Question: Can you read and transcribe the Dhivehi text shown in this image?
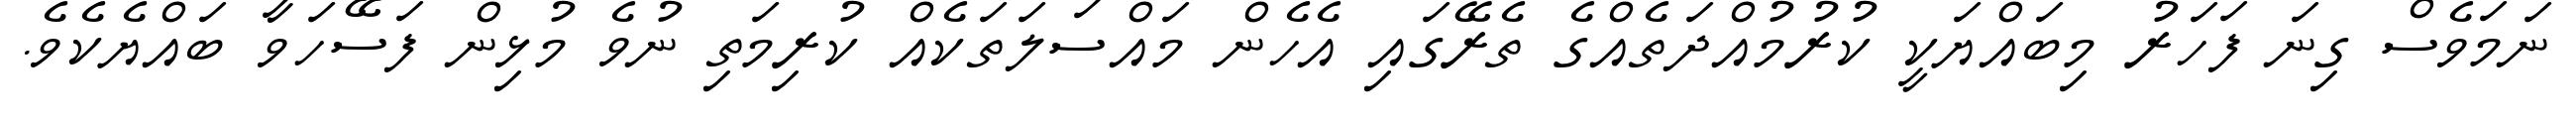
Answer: ނަމަވެސް ގިނަ ފަހަރު މިބައްޔަކީ ކުރުމުއްދަތެއްގެ ތެރޭގައި އެހެން މައްސަލަތަކެއް ކުރިމަތި ނުވެ މުޅިން ފަސޭހަވާ ބައްޔެކެވެ.